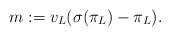
LaTeX: \begin{align*} m := v_L(\sigma(\pi_L)-\pi_L).\end{align*}